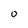
Character: 0